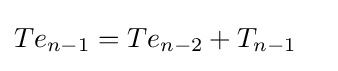
{\begin{aligned}&Te_{n-1}=Te_{n-2}+T_{n-1}\end{aligned}}